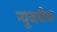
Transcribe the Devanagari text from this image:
न्‍यूजवीक